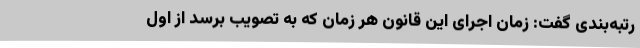
رتبه‌بندی گفت: زمان اجرای این قانون هر زمان که به تصویب برسد از اول